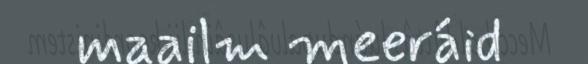
maailm meeráid